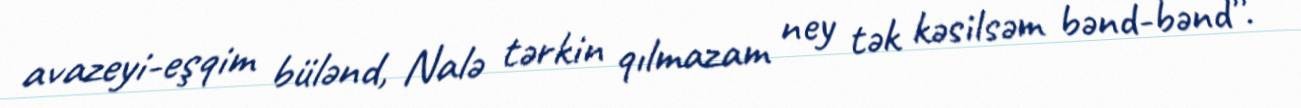
avazeyi-eşqim bülənd, Nalə tərkin qılmazam ney tək kəsilsəm bənd-bənd”.